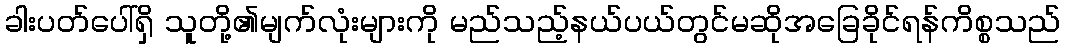
ခါးပတ်ပေါ်ရှိ သူတို့၏မျက်လုံးများကို မည်သည့်နယ်ပယ်တွင်မဆိုအခြေခိုင်ရန်ကိစ္စသည်